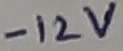
Text: -12V